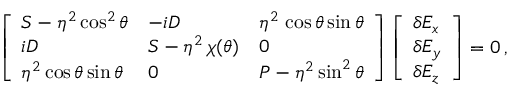
\left[ \begin{array} { l l l } { { \cal S } - \eta ^ { 2 } \cos ^ { 2 } \theta } & { - i { \cal D } } & { \eta ^ { 2 } \, \cos \theta \sin \theta } \\ { i { \cal D } } & { { \cal S } - \eta ^ { 2 } \, \chi ( \theta ) } & { 0 } \\ { \eta ^ { 2 } \cos \theta \sin \theta } & { 0 } & { { \cal P } - \eta ^ { 2 } \sin ^ { 2 } \theta } \end{array} \right] \left[ \begin{array} { l } { \delta E _ { x } } \\ { \delta E _ { y } } \\ { \delta E _ { z } } \end{array} \right] = 0 \, ,